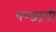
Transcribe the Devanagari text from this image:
पण्डरंगी